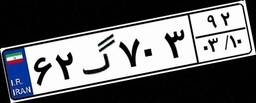
۶۲گ۷۰۳۹۲